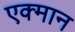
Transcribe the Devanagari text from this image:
एक्मान